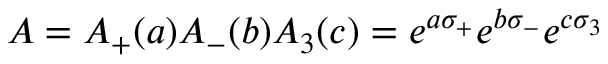
A = A _ { + } ( a ) A _ { - } ( b ) A _ { 3 } ( c ) = e ^ { a \sigma _ { + } } e ^ { b \sigma _ { - } } e ^ { c \sigma _ { 3 } }